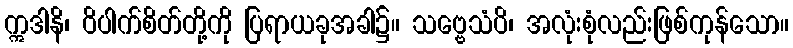
ဣဒါနိ၊ ဝိပါက်စိတ်တို့ကို ပြရာယခုအခါ၌။ သဗ္ဗေသံပိ၊ အလုံးစုံလည်းဖြစ်ကုန်သော။